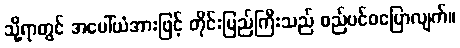
သို့ရာတွင် အပေါ်ယံအားဖြင့် တိုင်းပြည်ကြီးသည် စည်ပင်ဝပြောလျက်။